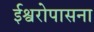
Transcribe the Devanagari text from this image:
ईश्वरोपासना